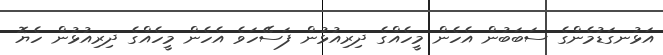
އަޅުނގަޑުމެންގެ ސަބަބުން އެހެން މީހެއްގެ ދިރިއުޅުން ފަސޭހަވެ އެހެން މީހެއްގެ ދިރިއުޅުން ހެޔޮ